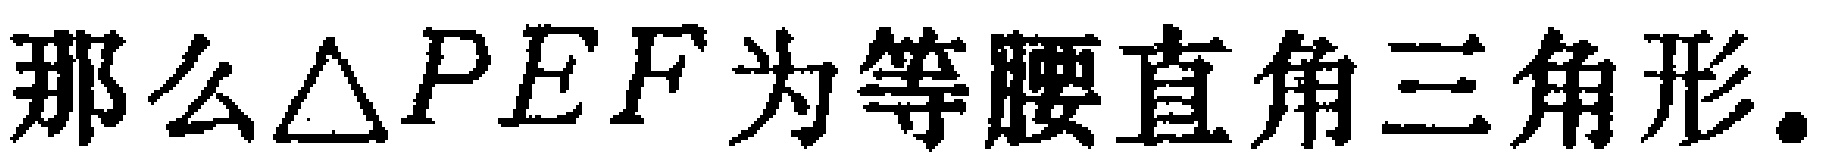
那么$\triangle PEF$为等腰直角三角形.